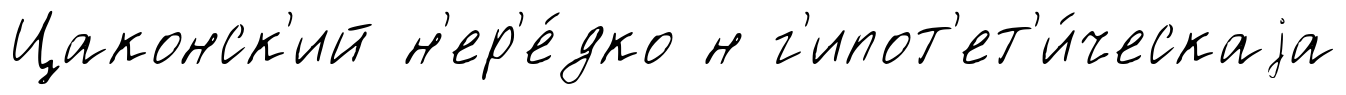
Цаконск'ий н'ер'е́дко н г'ипот'ет'и́ческаjа